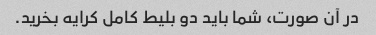
در آن صورت، شما باید دو بلیط کامل کرایه بخرید.